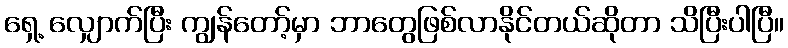
ရှေ့ လျှောက်ပြီး ကျွန်တော့်မှာ ဘာတွေဖြစ်လာနိုင်တယ်ဆိုတာ သိပြီးပါပြီ။